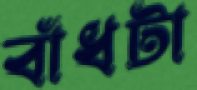
বাঁধটা